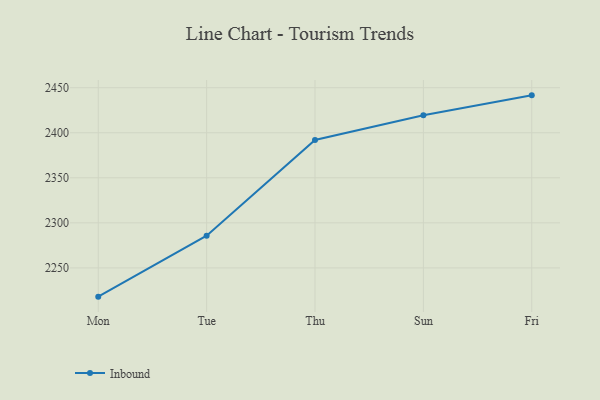
{"axis": {"x": "Day", "y": "Backlog"}, "legend": ["Inbound"], "data": [{"x": "Mon", "y": 2218.1, "type": "Inbound"}, {"x": "Tue", "y": 2285.8, "type": "Inbound"}, {"x": "Thu", "y": 2392.0, "type": "Inbound"}, {"x": "Sun", "y": 2419.5, "type": "Inbound"}, {"x": "Fri", "y": 2441.5, "type": "Inbound"}]}